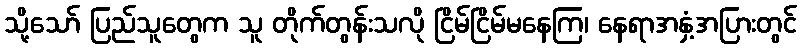
သို့သော် ပြည်သူတွေက သူ တိုက်တွန်းသလို ငြိမ်ငြိမ်မနေကြ၊ နေရာအနှံ့အပြားတွင်